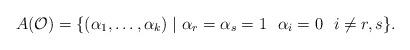
LaTeX: \begin{align*} A(\mathcal{O})=\{(\alpha_1,\ldots, \alpha_k)\mid \alpha_r=\alpha_s=1\,\, \,\, \alpha_i=0\,\, \,\, i\neq r,s\}. \end{align*}